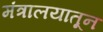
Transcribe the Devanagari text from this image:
मंत्रालयातून